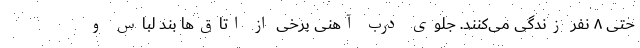
حتی ۸ نفر زندگی می‌کنند. جلوی درب‌ آهنی برخی از اتاق‌ها بند لباس و